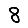
Digit: 8